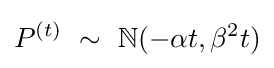
P^{(t)}\ \sim \ \mathbb {N} (-\alpha t,\beta ^{2}t)